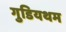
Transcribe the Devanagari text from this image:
गुडियथम